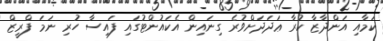
ކަމާއި އަންދާޒާ ކުރާ ޢަދަދަށްވުރެ ގިނައިން އެކައުންޓުގައި ފައިސާ ހުރި ނަމަ ފްރީޒް